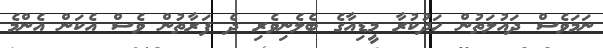
ނަމަވެސް ދައުލަތުން ހަަދުކުރާ މީޑިއާގެ ބެލެނިވެރި ދެ ފަރާތުން ވެސް އެކަން އެންމެ